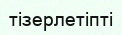
тізерлетіпті